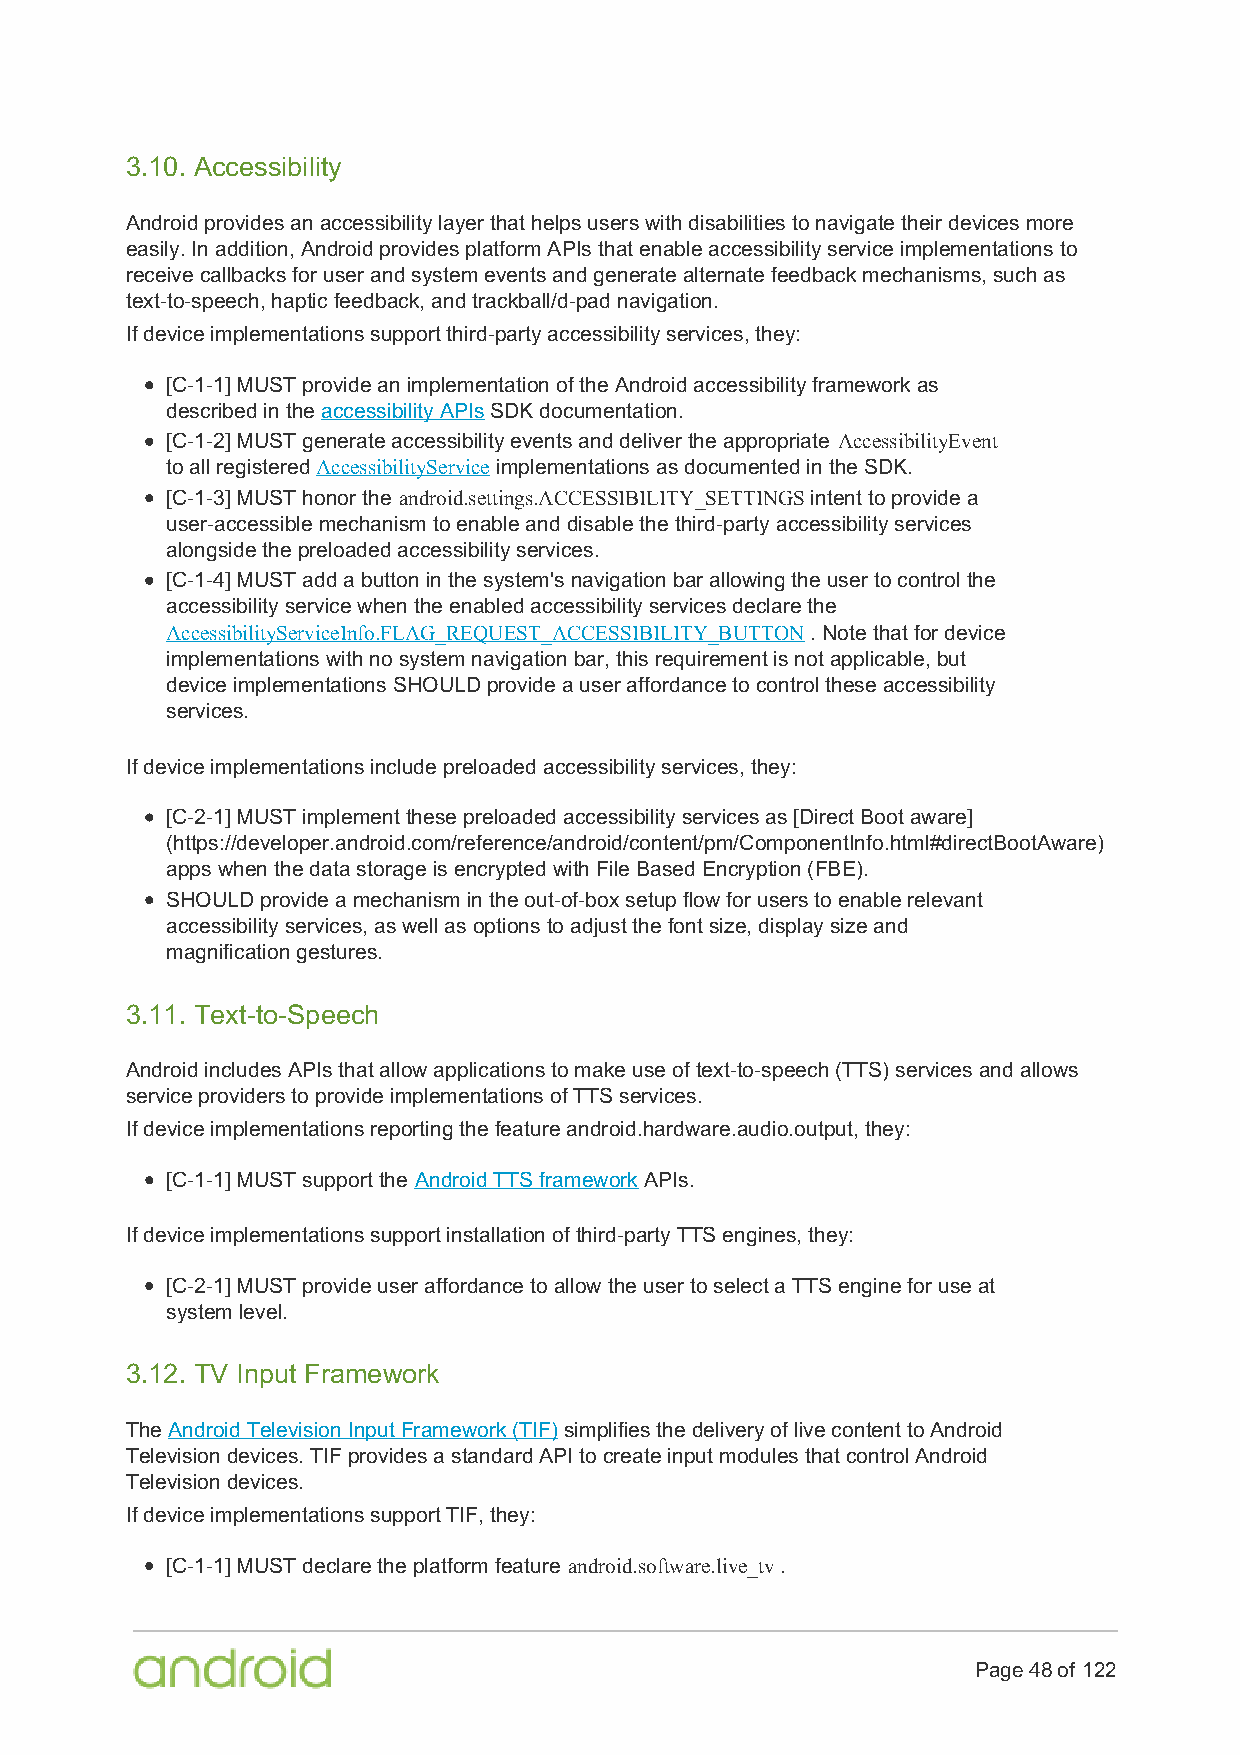
3.10. Accessibility
 Android provides an accessibility layer that helps users with disabilities to navigate their devices more
 easily. In addition, Android provides platform APIs that enable accessibility service implementations to
 receive callbacks for user and system events and generate alternate feedback mechanisms, such as
 text-to-speech, haptic feedback, and trackball/d-pad navigation.
 If device implementations support third-party accessibility services, they:
 [C-1-1] MUST provide an implementation of the Android accessibility framework as
 described in the accessibility APIs SDK documentation.
 [C-1-2] MUST generate accessibility events and deliver the appropriate AccessibilityEvent
 to all registered AccessibilityService implementations as documented in the SDK.
 [C-1-3] MUST honor the android.settings.ACCESSIBILITY_SETTINGS intent to provide a
 user-accessible mechanism to enable and disable the third-party accessibility services
 alongside the preloaded accessibility services.
 [C-1-4] MUST add a button in the system's navigation bar allowing the user to control the
 accessibility service when the enabled accessibility services declare the
 AccessibilityServiceInfo.FLAG_REQUEST_ACCESSIBILITY_BUTTON . Note that for device
 implementations with no system navigation bar, this requirement is not applicable, but
 device implementations SHOULD provide a user affordance to control these accessibility
 services.
 If device implementations include preloaded accessibility services, they:
 [C-2-1] MUST implement these preloaded accessibility services as [Direct Boot aware]
 (https://developer.android.com/reference/android/content/pm/ComponentInfo.html#directBootAware)
 apps when the data storage is encrypted with File Based Encryption (FBE).
 SHOULD provide a mechanism in the out-of-box setup flow for users to enable relevant
 accessibility services, as well as options to adjust the font size, display size and
 magnification gestures.
 3.11. Text-to-Speech
 Android includes APIs that allow applications to make use of text-to-speech (TTS) services and allows
 service providers to provide implementations of TTS services.
 If device implementations reporting the feature android.hardware.audio.output, they:
 [C-1-1] MUST support the Android TTS framework APIs.
 If device implementations support installation of third-party TTS engines, they:
 [C-2-1] MUST provide user affordance to allow the user to select a TTS engine for use at
 system level.
 3.12. TV Input Framework
 The Android Television Input Framework (TIF) simplifies the delivery of live content to Android
 Television devices. TIF provides a standard API to create input modules that control Android
 Television devices.
 If device implementations support TIF, they:
 [C-1-1] MUST declare the platform feature android.software.live_tv .
 Page 48 of 122